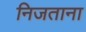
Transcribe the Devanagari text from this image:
निजताना